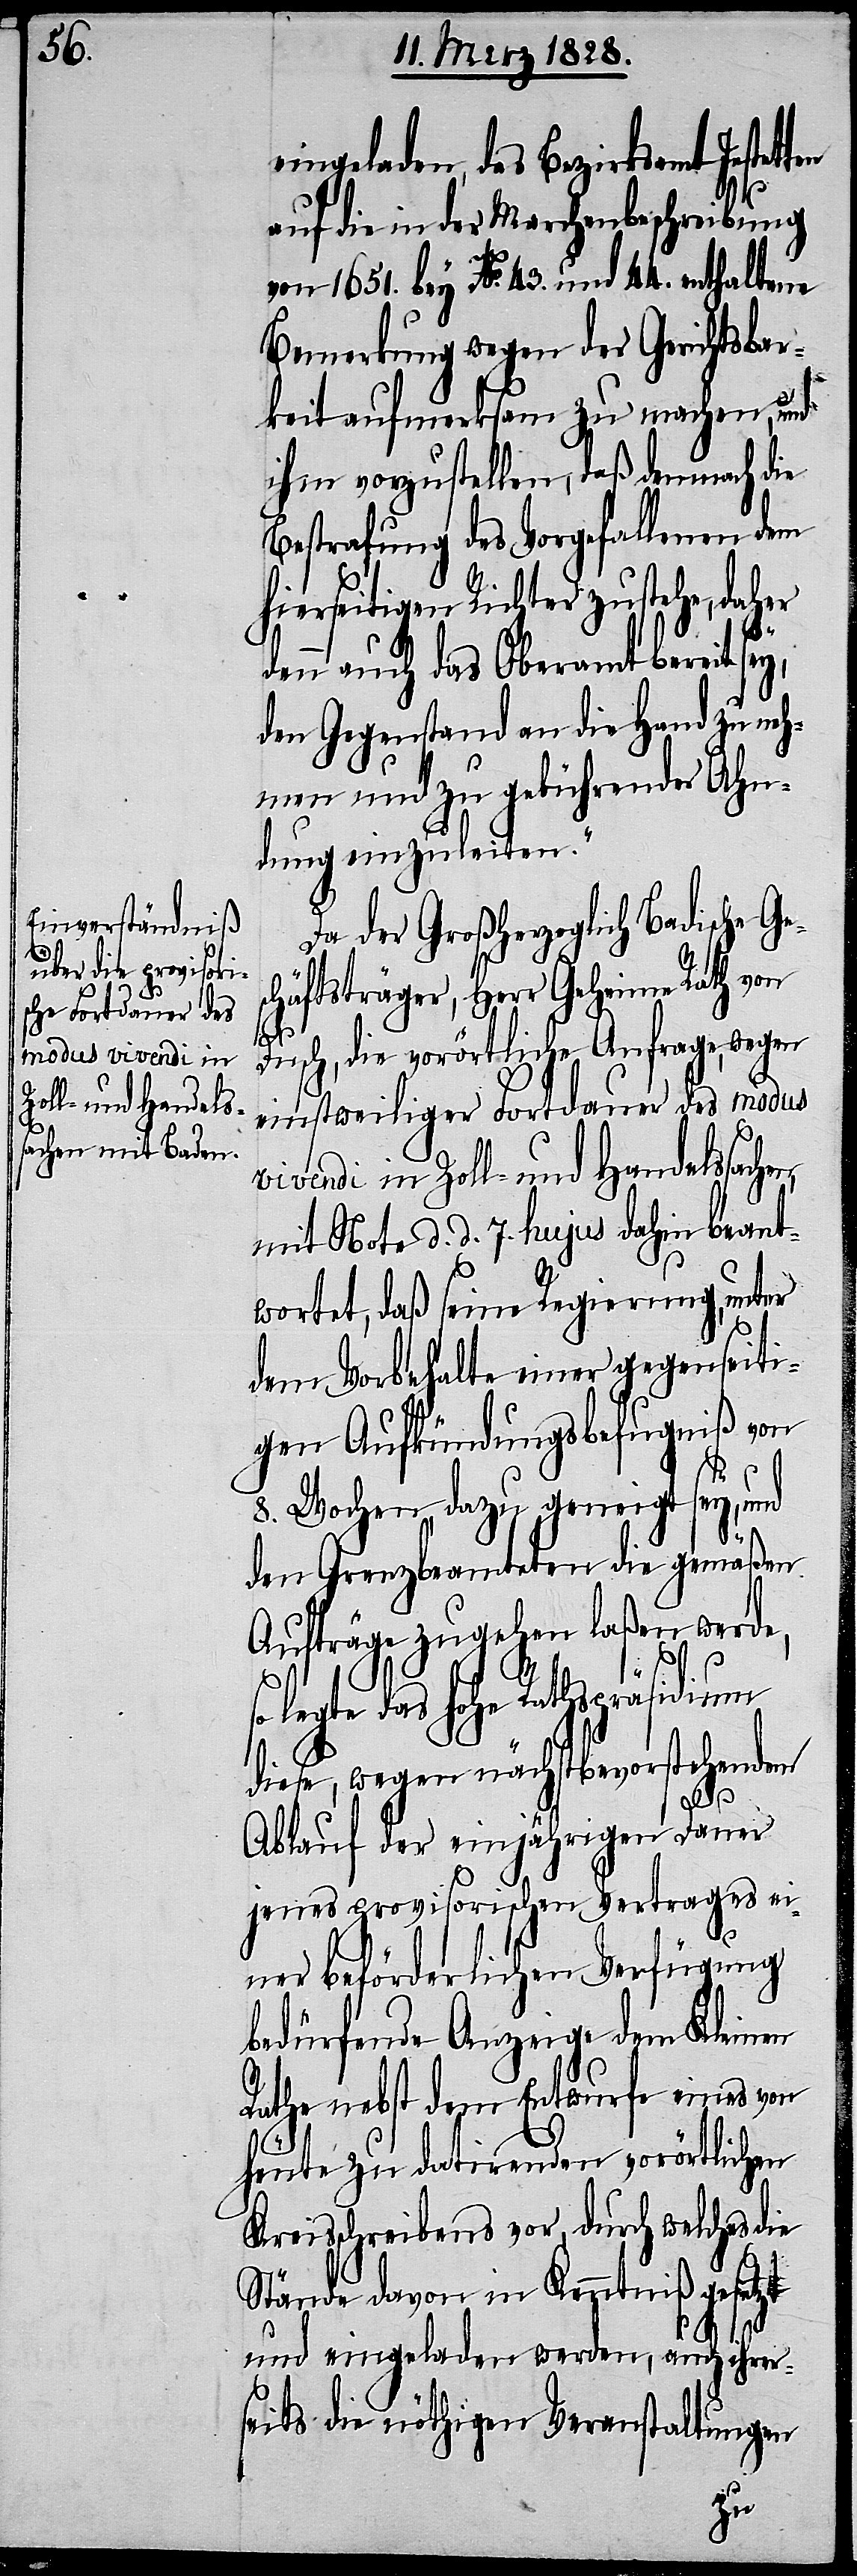
eingeladen, das Bezirksamt Jestet¬
auf die in der Marchenbeschreibung
von 1651. bey No. 43. und 44. enthaltene
Bemerkung wegen der Gerichtsbar¬
keit aufmerksam zu machen, und
ihm vorzustellen, daß demnach die
Bestrafung des Vorgefallenen dem
hierseitigen Richter zustehe, daher
denn auch das Oberamt bereit sey,
den Gegenstand an die Hand zu neh¬
men und zu gebührender Ahn¬
dung einzuleiten.“
Da der Großherzoglich Badische Ge¬
schäftsträger, Herr Geheime Rath von
Dusch, die vorörtliche Anfrage, wegen
einstweiliger Fortdauer des modus
vivendi in Zoll- und Handelssache¬
mit Note d. d. 7. hujus dahin beant¬
wortet, daß seine Regierung, unter
dem Vorbehalte einer gegenseiti¬
gen Aufkündigungsbefugniß von
8. Wochen, dazu geneigt sey, und
den Grenzbeamteten die gemäßen
Aufträge zugehen laßen werde,
legte das hohe Rathspräsidium
diese, wegen nächstbevorstehendem
Ablauf der einjährigen Dauer
jenes provisorischen Vertrages ei¬
ner beförderlichen Verfügung
bedürfende Anzeige dem Kleinen
Rathe nebst dem Entwurfe eines von
heute zu datirenden vorörtlichen
Kreisschreibens vor, durch welches die
Stände davon in Kenntniß gesetzt
n,
und eingeladen werden, auch ihrer¬
seits die nöthigen Veranstaltungen
ten